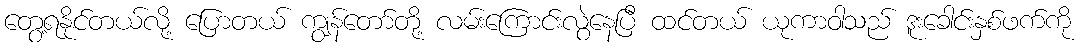
တွေ့ရနိုင်တယ်လို့ ပြောတယ် ကျွန်တော်တို့ လမ်းကြောင်းလွဲနေပြီ ထင်တယ် ယုကာဝါသည် ဒူးခေါင်းနှစ်ဖက်ကို